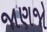
જાણજો